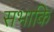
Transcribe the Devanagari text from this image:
सभाकि